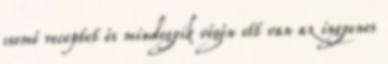
csomó receptet és mindegyik végén ott van az ingyenes